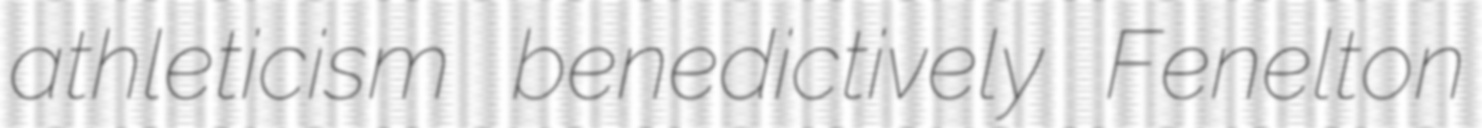
athleticism benedictively Fenelton